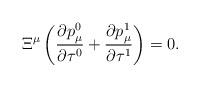
LaTeX: \begin{gather*}\Xi^\mu \left( \frac{\partial p^0_\mu}{\partial \tau^0} + \frac{\partial p^1_\mu}{\partial \tau^1} \right) = 0 .\end{gather*}